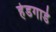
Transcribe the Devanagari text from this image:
हेडगार्ड